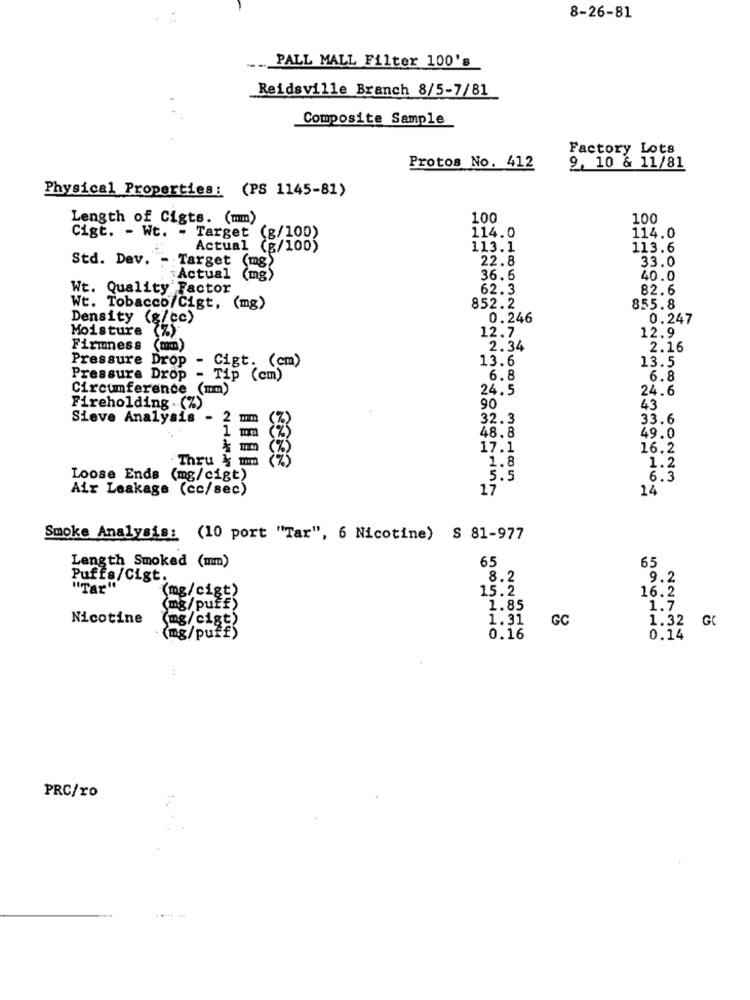
8-26-81
PALL MALL Filter 100's
Reidsville Branch 8/5-7/81
Composite Sample
Factory Lots
Protos No. 412
9, 10 & 11/81
Physical Properties: (PS 1145-81)
Length of Cigts. (mm)
100
100
114.0
Cigt. - Wt. - Target (g/100)
114.0
Actual (g/100)
113.1
113.6
Std. Dev. - Target (mg)
22.8
33.0
Actual (mg)
36.6
40.0
Wt. Quality Factor
62.3
82.6
Wt. Tobacco/Cigt, (mg)
852.2
855.8
Density (g/cc)
0.246
0.247
Moisture
(%)
12.7
12.9
Firmness
2.34
2.16
Pressure Drop - Cigt. (cm)
13.6
13.5
Pressure Drop
- Tip (cm)
6.8
6.8
Circumference
(mm)
24.5
24.6
Fireholding . (%)
90
43
Sieve Analysis .
2
mm
32.3
33.6
48.8
49.0
17.1
16.2
Thru & ummm
1.8
1.2
Loose Ends (mg/cigt)
5.5
6.3
Air Leakage (cc/sec)
17
14
Smoke Analysis: (10 port "Tar", 6 Nicotine) S 81-977
65
Length Smoked (mm)
65
Puffs/Cigt.
8.2
9.2
"Tar"
15.2
(mg/cigt)
16.2
(mg/puff)
1.85
1.7
Nicotine
(mg/cigt)
1.31
GC
1.32 GC
(mg/puff)
0.16
0.14
PRC/ro